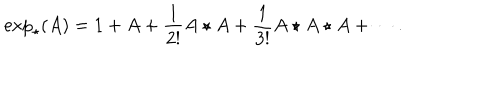
\exp _ { \star } ( A ) = 1 + A + \frac { 1 } { 2 ! } A \star A + \frac { 1 } { 3 ! } A \star A \star A + \cdots .